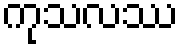
ကုသလဿ